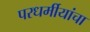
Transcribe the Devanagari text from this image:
परधर्मीयांचा